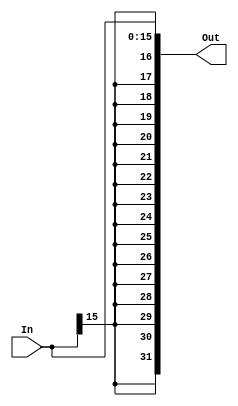
module SigExt16_32(In,Out);

input [15:0] In;
output [31:0] Out;

assign Out={{16{In[15]}},In[15:0]};

endmodule